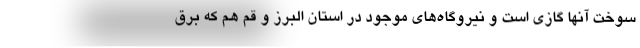
سوخت آنها گازی است و نیروگاه‌های موجود در استان البرز و قم هم که برق